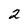
Character: 2